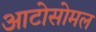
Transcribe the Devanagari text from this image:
आटोसोमल